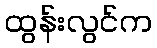
ထွန်းလွင်က